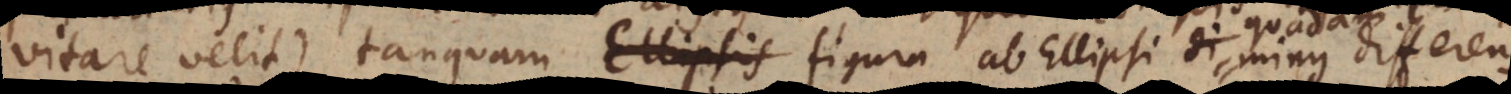
vitare velit) tanquam Ellipsis figura ab Ellipsi minus differens